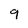
Character: 9